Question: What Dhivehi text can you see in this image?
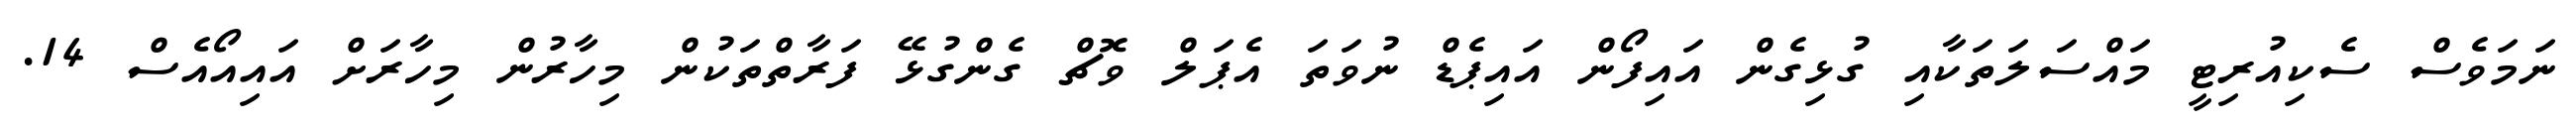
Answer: ނަމަވެސް ސެކިއުރިޓީ މައްސަލަތަކާއި ގުޅިގެން އައިފޯން އައިޕެޑް ނުވަތަ އެޕަލް ވޮޗް ގެންގުޅޭ ފަރާތްތަކުން މިހާރުން މިހާރަށް އައިއޯއެސް 14.